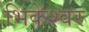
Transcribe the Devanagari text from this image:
भिकेश्वर